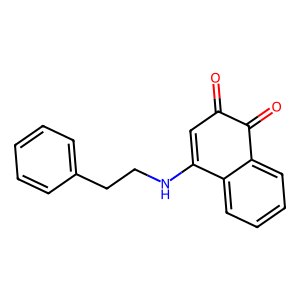
SMILES: O=C1C=C(NCCc2ccccc2)c2ccccc2C1=O
Inhibits HIV replication: No